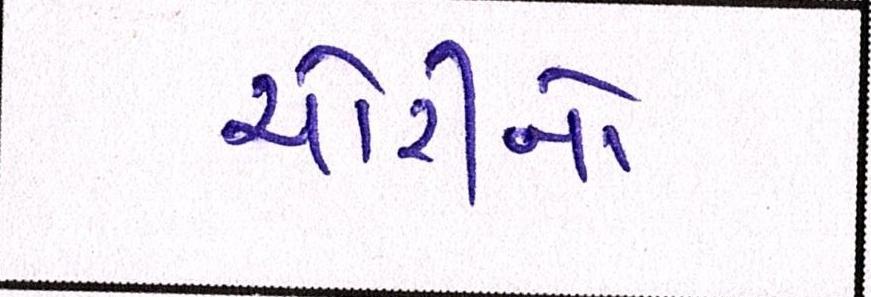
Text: ચોરીનો